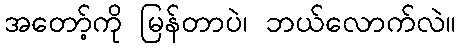
အတော့်ကို မြန်တာပဲ၊ ဘယ်လောက်လဲ။